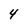
Character: 4